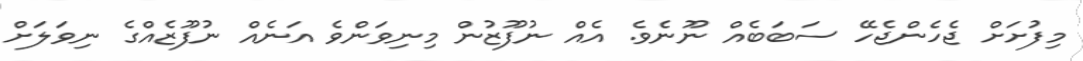
މިފުށަށް ޖެހެންޖެހޭ ސަބަބެއް ނޫނެވެ. އެއް ނުފޫޒުން މިނިވަންވެ އަނެއް ނުފޫޒެއްގެ ނިވަލަށް